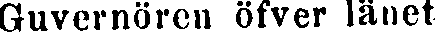
Guvernören öfver länet